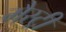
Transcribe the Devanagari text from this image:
मैस्ट्री